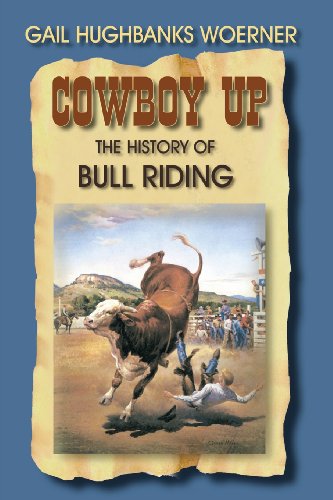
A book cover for Cowboy Up!: The History of Bull Riding; Gail Hughbanks Woerner; Sports & Outdoors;